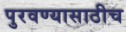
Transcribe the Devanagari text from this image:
पुरवण्यासाठीच